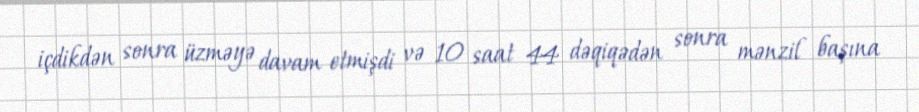
içdikdən sonra üzməyə davam etmişdi və 10 saat 44 dəqiqədən sonra mənzil başına